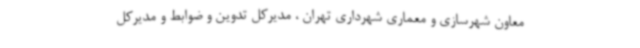
معاون شهرسازی و معماری شهرداری تهران ، مدیرکل تدوین و ضوابط و مدیرکل